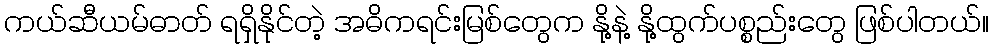
ကယ်ဆီယမ်ဓာတ် ရရှိနိုင်တဲ့ အဓိကရင်းမြစ်တွေက နို့နဲ့ နို့ထွက်ပစ္စည်းတွေ ဖြစ်ပါတယ်။